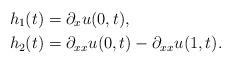
LaTeX: \begin{align*}&h_1(t)=\partial_{x}u(0,t),\\&h_2(t)=\partial_{xx}u(0,t)-\partial_{xx}u(1,t).\end{align*}